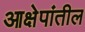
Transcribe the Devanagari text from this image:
आक्षेपांतील